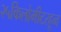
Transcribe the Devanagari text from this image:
२५किलोमीटरहून